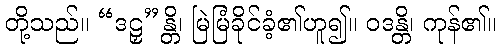
တို့သည်။ “ဒဠှ”န္တိ၊ မြဲမြံခိုင်ခံ့၏ဟူ၍။ ဝဒန္တိ၊ ကုန်၏။